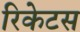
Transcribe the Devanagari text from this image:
रिकेटस